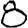
Digit: 8